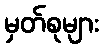
မှတ်စုများ